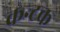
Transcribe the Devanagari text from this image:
कन्टक